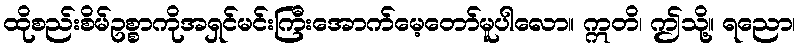
ထိုစည်းစိမ်ဥစ္စာကိုအရှင်မင်းကြီးအောက်မေ့တော်မူပါလော။ ဣတိ၊ ဤသို့။ ရညော၊